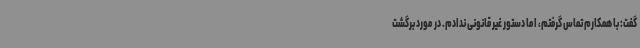
گفت: با همکارم تماس گرفتم، اما دستور غیر قانونی ندادم. در مورد برگشت